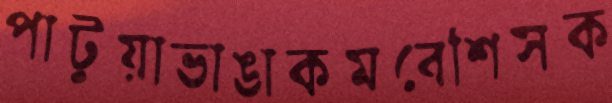
পাটুয়াভাঙাকমবেশিসক